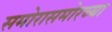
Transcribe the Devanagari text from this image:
समोरासमोरच्या